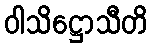
ဝါသိဋ္ဌောသီတိ